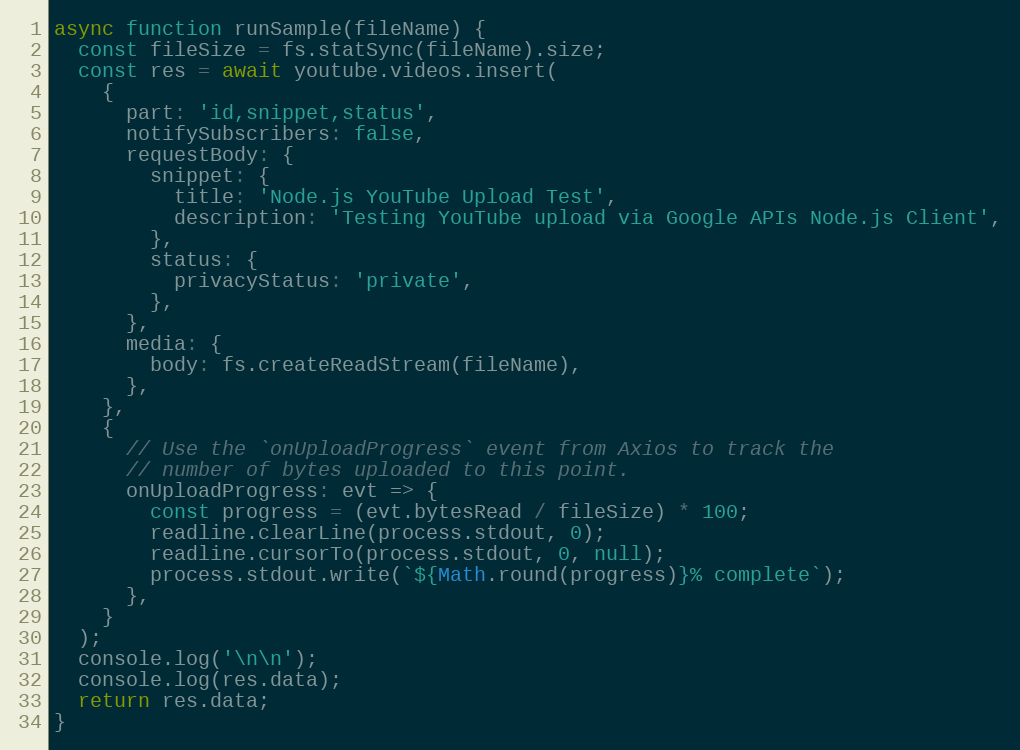
Language: JavaScript
async function runSample(fileName) {
  const fileSize = fs.statSync(fileName).size;
  const res = await youtube.videos.insert(
    {
      part: 'id,snippet,status',
      notifySubscribers: false,
      requestBody: {
        snippet: {
          title: 'Node.js YouTube Upload Test',
          description: 'Testing YouTube upload via Google APIs Node.js Client',
        },
        status: {
          privacyStatus: 'private',
        },
      },
      media: {
        body: fs.createReadStream(fileName),
      },
    },
    {
      // Use the `onUploadProgress` event from Axios to track the
      // number of bytes uploaded to this point.
      onUploadProgress: evt => {
        const progress = (evt.bytesRead / fileSize) * 100;
        readline.clearLine(process.stdout, 0);
        readline.cursorTo(process.stdout, 0, null);
        process.stdout.write(`${Math.round(progress)}% complete`);
      },
    }
  );
  console.log('\n\n');
  console.log(res.data);
  return res.data;
}